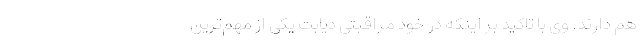
هم دارند. وی با تاکید بر اینکه در خود مراقبتی دیابت یکی از مهم‌ترین